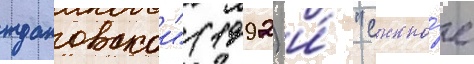
ждановскои" (1992) и́ "сыскно́е